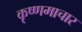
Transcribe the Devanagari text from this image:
कृष्णमाचार